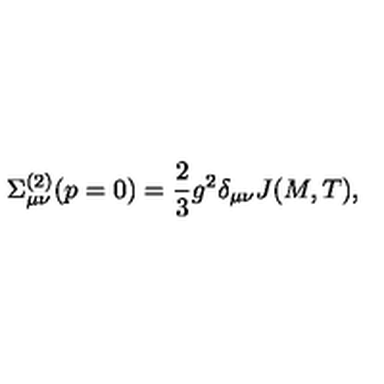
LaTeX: \Sigma _ { \mu \nu } ^ { ( 2 ) } ( p = 0 ) = \frac { 2 } { 3 } g ^ { 2 } \delta _ { \mu \nu } J ( M , T ) ,